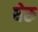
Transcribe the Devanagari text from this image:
घेरु